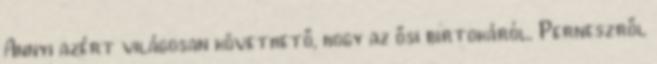
Annyi azért világosan követhető, hogy az ősi birtokáról, Perneszről